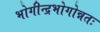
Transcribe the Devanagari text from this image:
भोगीन्द्रभोगोन्नतः